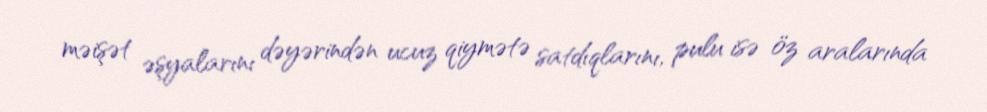
məişət əşyalarını dəyərindən ucuz qiymətə satdıqlarını, pulu isə öz aralarında